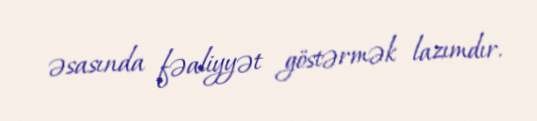
əsasında fəaliyyət göstərmək lazımdır.